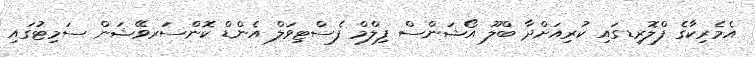
އެެމެރިކާގެ ފްލޮރިޑގައި ކުރިއަށްދާ ބްލޫ އޯޝަންސް ފިލްމް ފެސްޓިވަލް އެންޑް ކޮންސަަރވޭޝަން ސަމިޓުގައި